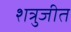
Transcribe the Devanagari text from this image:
शत्रुजीत